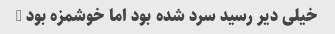
خیلی دیر رسید سرد شده بود اما خوشمزه بود …